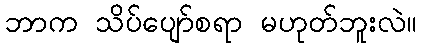
ဘာက သိပ်ပျော်စရာ မဟုတ်ဘူးလဲ။